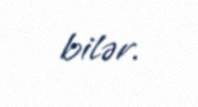
bilər.